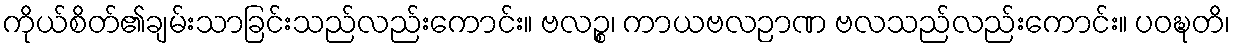
ကိုယ်စိတ်၏ချမ်းသာခြင်းသည်လည်းကောင်း။ ဗလဉ္စ၊ ကာယဗလဉာဏ ဗလသည်လည်းကောင်း။ ပဝဍ္ဎတိ၊